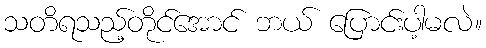
သတိရသည့်တိုင်အောင် ဘယ် ပြောင်းပါ့မလဲ။